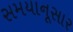
સમયાનૂસાર